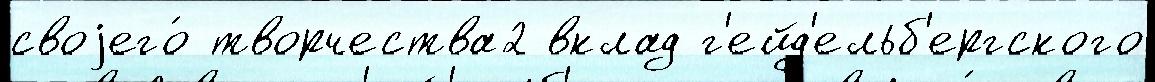
своjего́ творчества2 вклад г'ейд'ельб'ергского